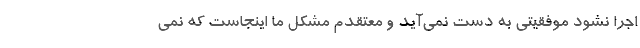
اجرا نشود موفقیتی به دست نمی‌آید و معتقدم مشکل ما اینجاست که نمی‌